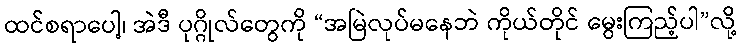
ထင်စရာပေါ့၊ အဲဒီ ပုဂ္ဂိုလ်တွေကို “အမြဲလုပ်မနေဘဲ ကိုယ်တိုင် မွေးကြည့်ပါ”လို့